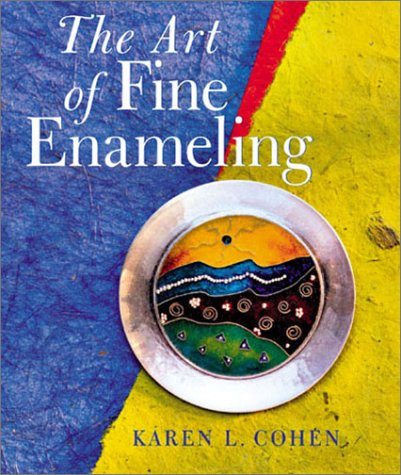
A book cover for The Art of Fine Enameling (Jewelry Crafts); Karen L Cohen; Arts & Photography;